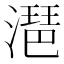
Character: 潖